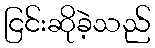
ငြင်းဆိုခဲ့သည်